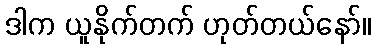
ဒါက ယူနိုက်တက် ဟုတ်တယ်နော်။